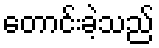
တောင်းခဲ့သည်